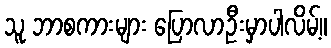
သူ ဘာစကားများ ပြောလာဦးမှာပါလိမ့်။